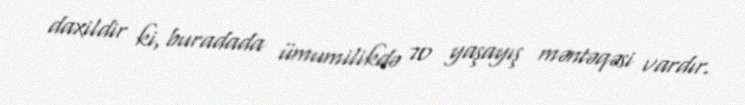
daxildir ki, buradada ümumilikdə 70 yaşayış məntəqəsi vardır.